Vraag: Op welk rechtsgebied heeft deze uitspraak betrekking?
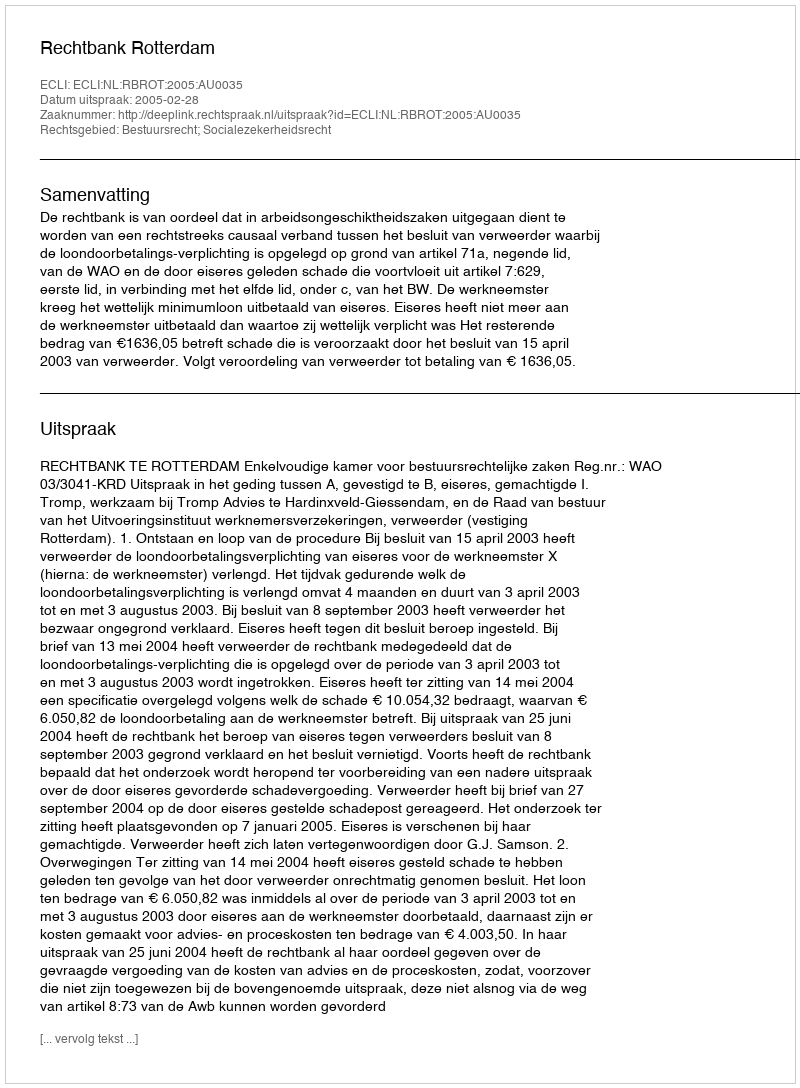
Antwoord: Bestuursrecht; Socialezekerheidsrecht